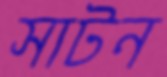
সাটন